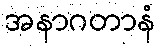
အနာဂတာနံ